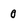
Character: O